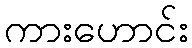
ကားဟောင်း